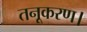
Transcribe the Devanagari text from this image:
तनूकरण।